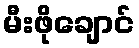
မီးဖိုချောင်